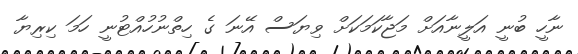
ނާހީ ބުނީ އަލީނާއަށް މަޖާކަމަކަށް ވިޔަސް އޭނަ ގެ ހިތްނުހުއްޓުނީ ހަމަ ކިރިޔާ